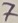
Text: 7